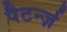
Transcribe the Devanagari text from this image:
पैटर्न्ज़